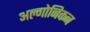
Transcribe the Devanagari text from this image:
अल्गोनिकन